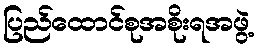
ပြည်ထောင်စုအစိုးရအဖွဲ့